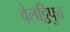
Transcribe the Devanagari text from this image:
वेलट्ठिपुत्त